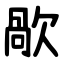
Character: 歄